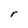
Character: r